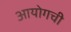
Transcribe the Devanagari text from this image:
आयोगची